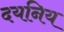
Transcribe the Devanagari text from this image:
दयनिय